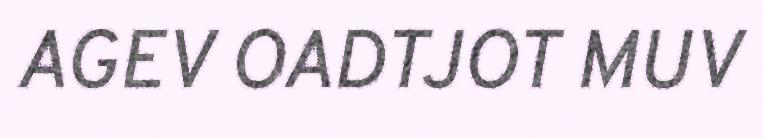
AGEV OADTJOT MUV